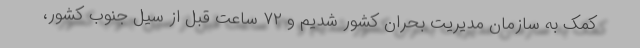
کمک به سازمان مدیریت بحران کشور شدیم و ۷۲ ساعت قبل از سیل جنوب کشور،